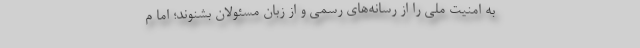
به امنیت ملی را از رسانه‌های رسمی و از زبان مسئولان بشنوند؛ اما م